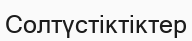
Солтүстіктіктер